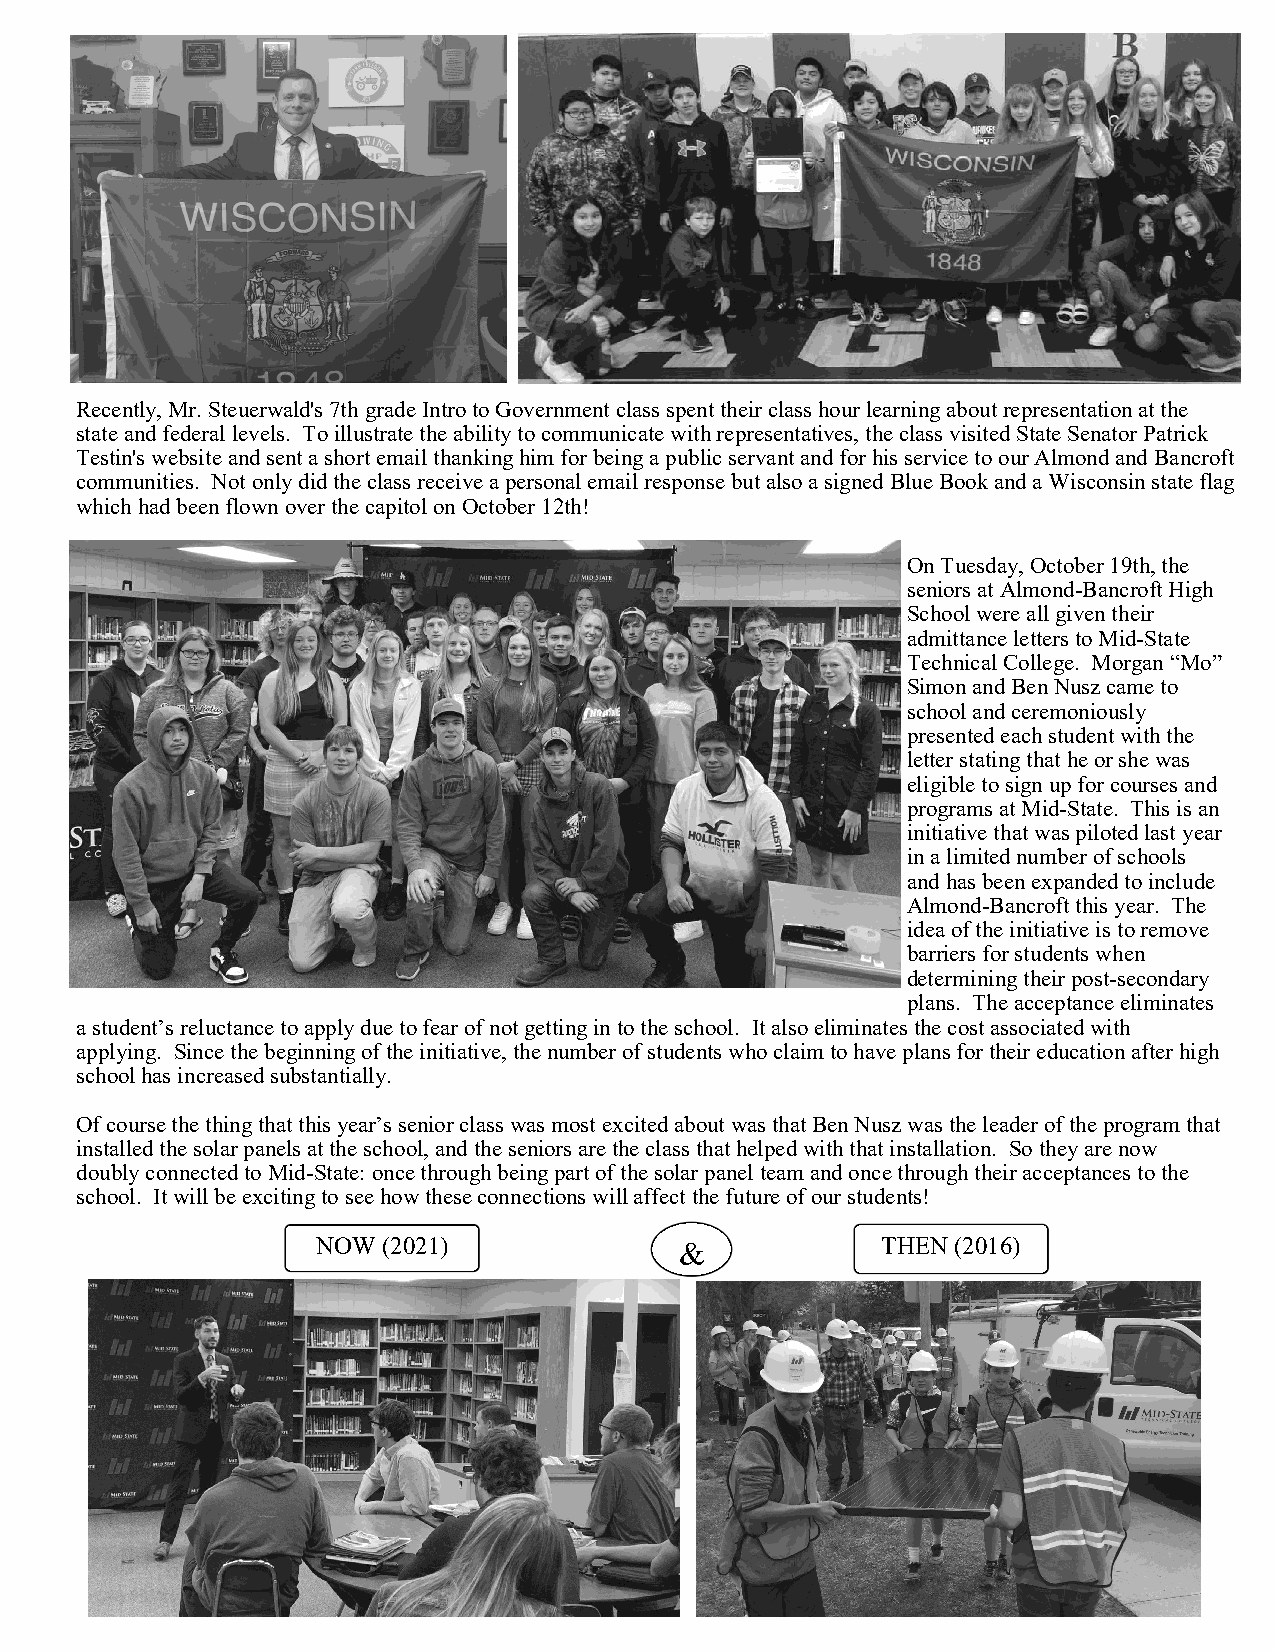
Recently, Mr. Steuerwald's 7th grade Intro to Government class spent their class hour learning about representation at the
 state and federal levels. To illustrate the ability to communicate with representatives, the class visited State Senator Patrick
 Testin's website and sent a short email thanking him for being a public servant and for his service to our Almond and Bancroft
 communities. Not only did the class receive a personal email response but also a signed Blue Book and a Wisconsin state flag
 which had been flown over the capitol on October 12th!
 On Tuesday, October 19th, the
 seniors at Almond-Bancroft High
 School were all given their
 admittance letters to Mid-State
 Technical College. Morgan “Mo”
 Simon and Ben Nusz came to
 school and ceremoniously
 presented each student with the
 letter stating that he or she was
 eligible to sign up for courses and
 programs at Mid-State. This is an
 initiative that was piloted last year
 in a limited number of schools
 and has been expanded to include
 Almond-Bancroft this year. The
 idea of the initiative is to remove
 barriers for students when
 determining their post-secondary
 plans. The acceptance eliminates
 a student’s reluctance to apply due to fear of not getting in to the school. It also eliminates the cost associated with
 applying. Since the beginning of the initiative, the number of students who claim to have plans for their education after high
 school has increased substantially.
 Of course the thing that this year’s senior class was most excited about was that Ben Nusz was the leader of the program that
 installed the solar panels at the school, and the seniors are the class that helped with that installation. So they are now
 doubly connected to Mid-State: once through being part of the solar panel team and once through their acceptances to the
 school. It will be exciting to see how these connections will affect the future of our students!
 NOW (2021)              &            THEN (2016)